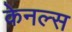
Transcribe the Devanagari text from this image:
केनल्स